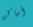
أماكن